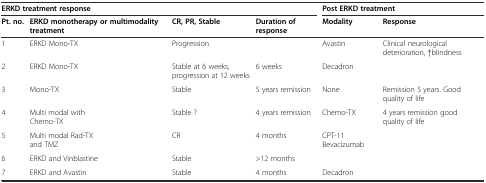
<table><thead><tr><td colspan="4"><b>ERKD treatment response</b></td><td colspan="2"><b>Post ERKD treatment</b></td></tr><tr><td><b>Pt. no.</b></td><td><b>ERKD monotherapy or multimodality treatment</b></td><td><b>CR, PR, Stable</b></td><td><b>Duration of response</b></td><td><b>Modality</b></td><td><b>Response</b></td></tr></thead><tbody><tr><td>1</td><td>ERKD Mono-TX</td><td>Progression</td><td></td><td>Avastin</td><td>Clinical neurological deterioration, ↑blindness</td></tr><tr><td>2</td><td>ERKD Mono-TX</td><td>Stable at 6 weeks; progression at 12 weeks</td><td>6 weeks</td><td>Decadron</td><td></td></tr><tr><td>3</td><td>Mono-TX</td><td>Stable</td><td>5 years remission</td><td>None</td><td>Remission 5 years. Good quality of life</td></tr><tr><td>4</td><td>Multi modal with Chemo-TX</td><td>Stable ?</td><td>4 years remission</td><td>Chemo-TX</td><td>4 years remission good quality of life</td></tr><tr><td>5</td><td>Multi modal Rad-TX and TMZ</td><td>CR</td><td>4 months</td><td>CPT-11 Bevacizumab</td><td></td></tr><tr><td>6</td><td>ERKD and Vinblastine</td><td>Stable</td><td>&gt;12 months</td><td></td><td></td></tr><tr><td>7</td><td>ERKD and Avastin</td><td>Stable</td><td>4 months</td><td>Decadron</td><td></td></tr></tbody></table>